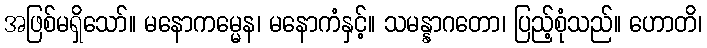
အဖြစ်မရှိသော်။ မနောကမ္မေန၊ မနောကံနှင့်။ သမန္နာဂတော၊ ပြည့်စုံသည်။ ဟောတိ၊